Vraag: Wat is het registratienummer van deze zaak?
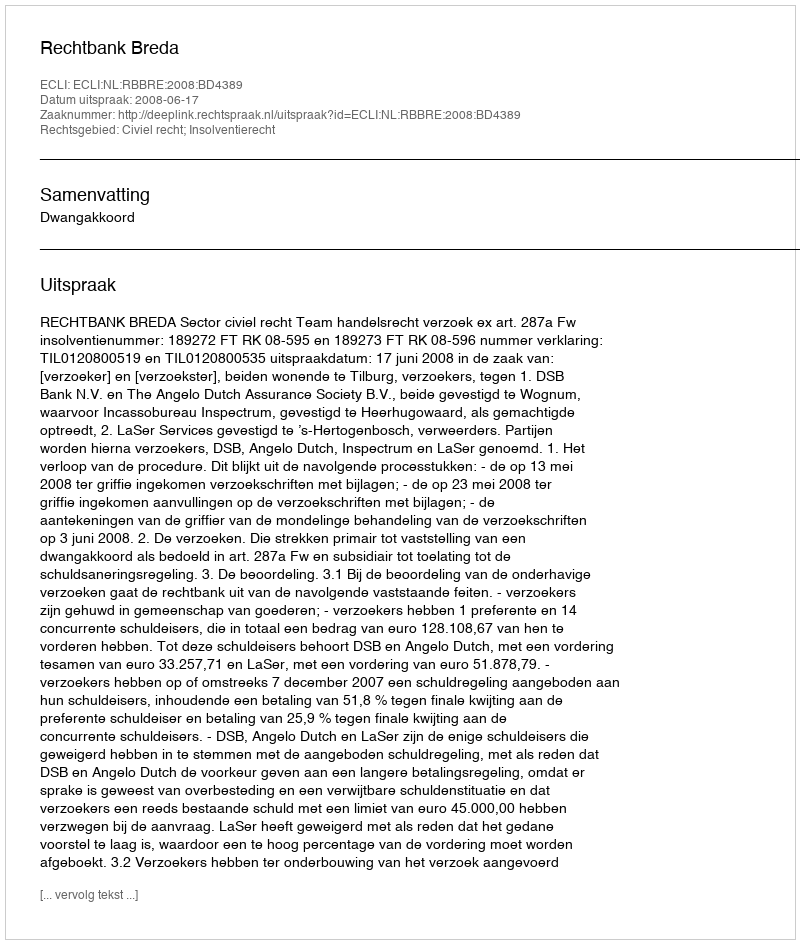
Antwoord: http://deeplink.rechtspraak.nl/uitspraak?id=ECLI:NL:RBBRE:2008:BD4389